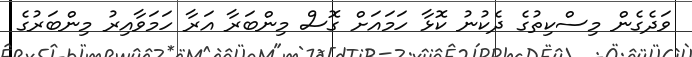
ވަދެގެން މިސްކިތުގެ ދެކުނު ކޮޅާ ހަމައަށް ގޮސް މިންބަރާ އަރާ ހަމަވާއިރު މިންބަރުގެ